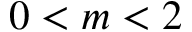
0 < m < 2